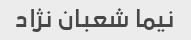
نیما شعبان نژاد